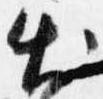
出